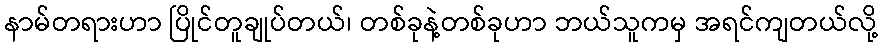
နာမ်တရားဟာ ပြိုင်တူချုပ်တယ်၊ တစ်ခုနဲ့တစ်ခုဟာ ဘယ်သူကမှ အရင်ကျတယ်လို့